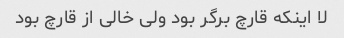
لا اینکه قارچ برگر بود ولی خالی از قارچ بود